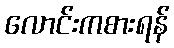
လောင်းကစားရန်